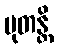
မုတန္တိ